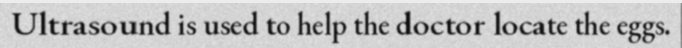
Ultrasound is used to help the doctor locate the eggs.